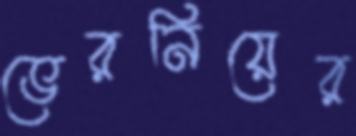
ভেরনিয়ের